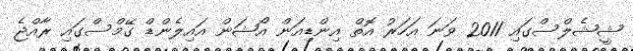
ޝީޝެލްސްގައި 2011 ވަނަ އަހަރު އޮތް އިންޑިއަން އޯޝަން އައިލެންޑް ގޭމްސްގައި ރާއްޖެ